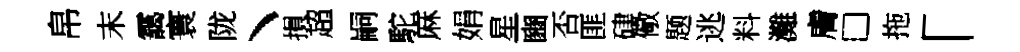
帛末靄寰陇丶損超嗣駝麻娟星豳否匪硉儆题逃料灘膚□拖「